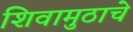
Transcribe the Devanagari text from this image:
शिवामुठाचे